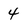
Character: 4